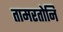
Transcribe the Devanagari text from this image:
तामरतोनि